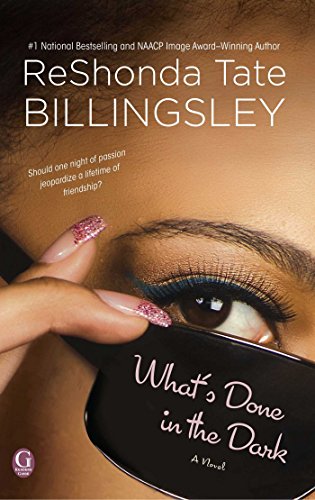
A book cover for What's Done In the Dark; ReShonda Tate Billingsley; Literature & Fiction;